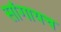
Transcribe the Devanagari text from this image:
सांगायच